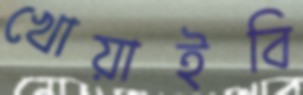
খোয়াইবি